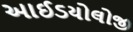
આઈડયોલોજી